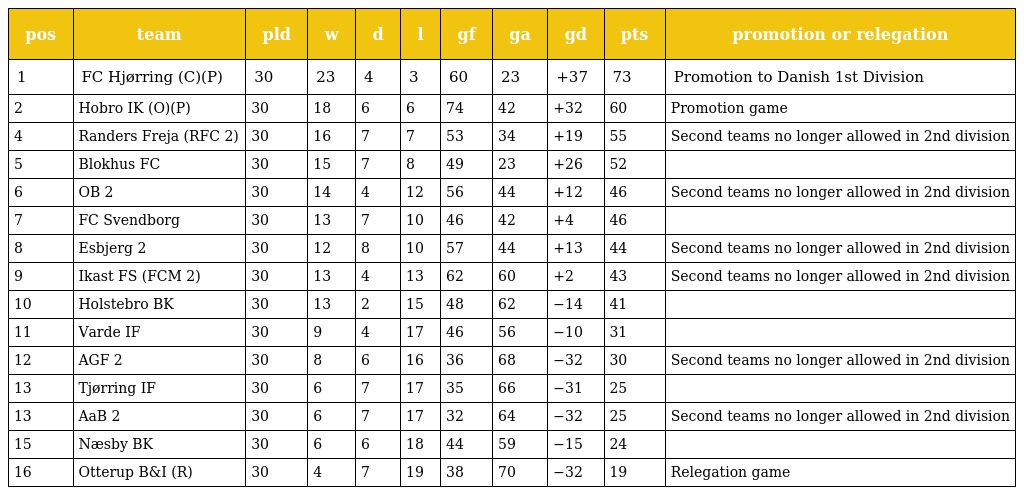
| pos | team | pld | w | d | l | gf | ga | gd | pts | promotion or relegation |
 | --- | --- | --- | --- | --- | --- | --- | --- | --- | --- | --- |
 | 1 | FC Hjørring (C)(P) | 30 | 23 | 4 | 3 | 60 | 23 | +37 | 73 | Promotion to Danish 1st Division |
 | 2 | Hobro IK (O)(P) | 30 | 18 | 6 | 6 | 74 | 42 | +32 | 60 | Promotion game |
 | 4 | Randers Freja (RFC 2) | 30 | 16 | 7 | 7 | 53 | 34 | +19 | 55 | Second teams no longer allowed in 2nd division |
 | 5 | Blokhus FC | 30 | 15 | 7 | 8 | 49 | 23 | +26 | 52 |  |
 | 6 | OB 2 | 30 | 14 | 4 | 12 | 56 | 44 | +12 | 46 | Second teams no longer allowed in 2nd division |
 | 7 | FC Svendborg | 30 | 13 | 7 | 10 | 46 | 42 | +4 | 46 |  |
 | 8 | Esbjerg 2 | 30 | 12 | 8 | 10 | 57 | 44 | +13 | 44 | Second teams no longer allowed in 2nd division |
 | 9 | Ikast FS (FCM 2) | 30 | 13 | 4 | 13 | 62 | 60 | +2 | 43 | Second teams no longer allowed in 2nd division |
 | 10 | Holstebro BK | 30 | 13 | 2 | 15 | 48 | 62 | −14 | 41 |  |
 | 11 | Varde IF | 30 | 9 | 4 | 17 | 46 | 56 | −10 | 31 |  |
 | 12 | AGF 2 | 30 | 8 | 6 | 16 | 36 | 68 | −32 | 30 | Second teams no longer allowed in 2nd division |
 | 13 | Tjørring IF | 30 | 6 | 7 | 17 | 35 | 66 | −31 | 25 |  |
 | 13 | AaB 2 | 30 | 6 | 7 | 17 | 32 | 64 | −32 | 25 | Second teams no longer allowed in 2nd division |
 | 15 | Næsby BK | 30 | 6 | 6 | 18 | 44 | 59 | −15 | 24 |  |
 | 16 | Otterup B&I (R) | 30 | 4 | 7 | 19 | 38 | 70 | −32 | 19 | Relegation game |